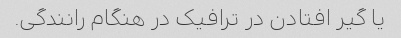
یا گیر افتادن در ترافیک در هنگام رانندگی.